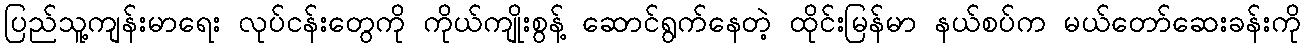
ပြည်သူ့ကျန်းမာရေး လုပ်ငန်းတွေကို ကိုယ်ကျိုးစွန့် ဆောင်ရွက်နေတဲ့ ထိုင်းမြန်မာ နယ်စပ်က မယ်တော်ဆေးခန်းကို